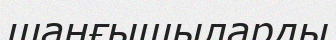
шаңғышыларды